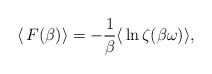
\begin{align*}\langle\,F(\beta)\rangle=-\frac{1}{\beta}\langle\,\ln \zeta(\beta\omega)\rangle,\end{align*}